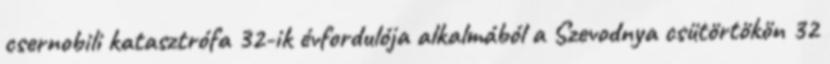
csernobili katasztrófa 32-ik évfordulója alkalmából a Szevodnya csütörtökön 32